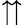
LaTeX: \upuparrows